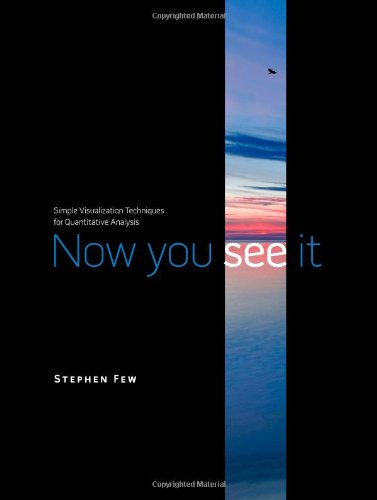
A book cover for Now You See It: Simple Visualization Techniques for Quantitative Analysis; Stephen Few; Computers & Technology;